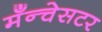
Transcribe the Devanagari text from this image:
मँन्चेसटर